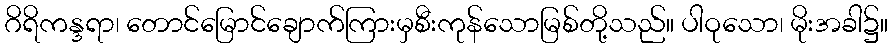
ဂိရိကန္ဒရာ၊ တောင်မြောင်ချောက်ကြားမှစီးကုန်သောမြစ်တို့သည်။ ပါဝုသော၊ မိုးအခါ၌။